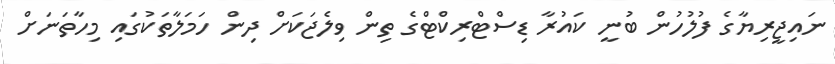
ނައިޖީރިޔާގެ ފުލުހުން ބުނީ ކައުރާ ޑިސްޓްރިކްޓްގެ ތިން ވިލެޖަކަށް ދިން ހަމަލާތަކުގައި މިހާތަނަށް